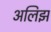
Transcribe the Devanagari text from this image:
अलिझ